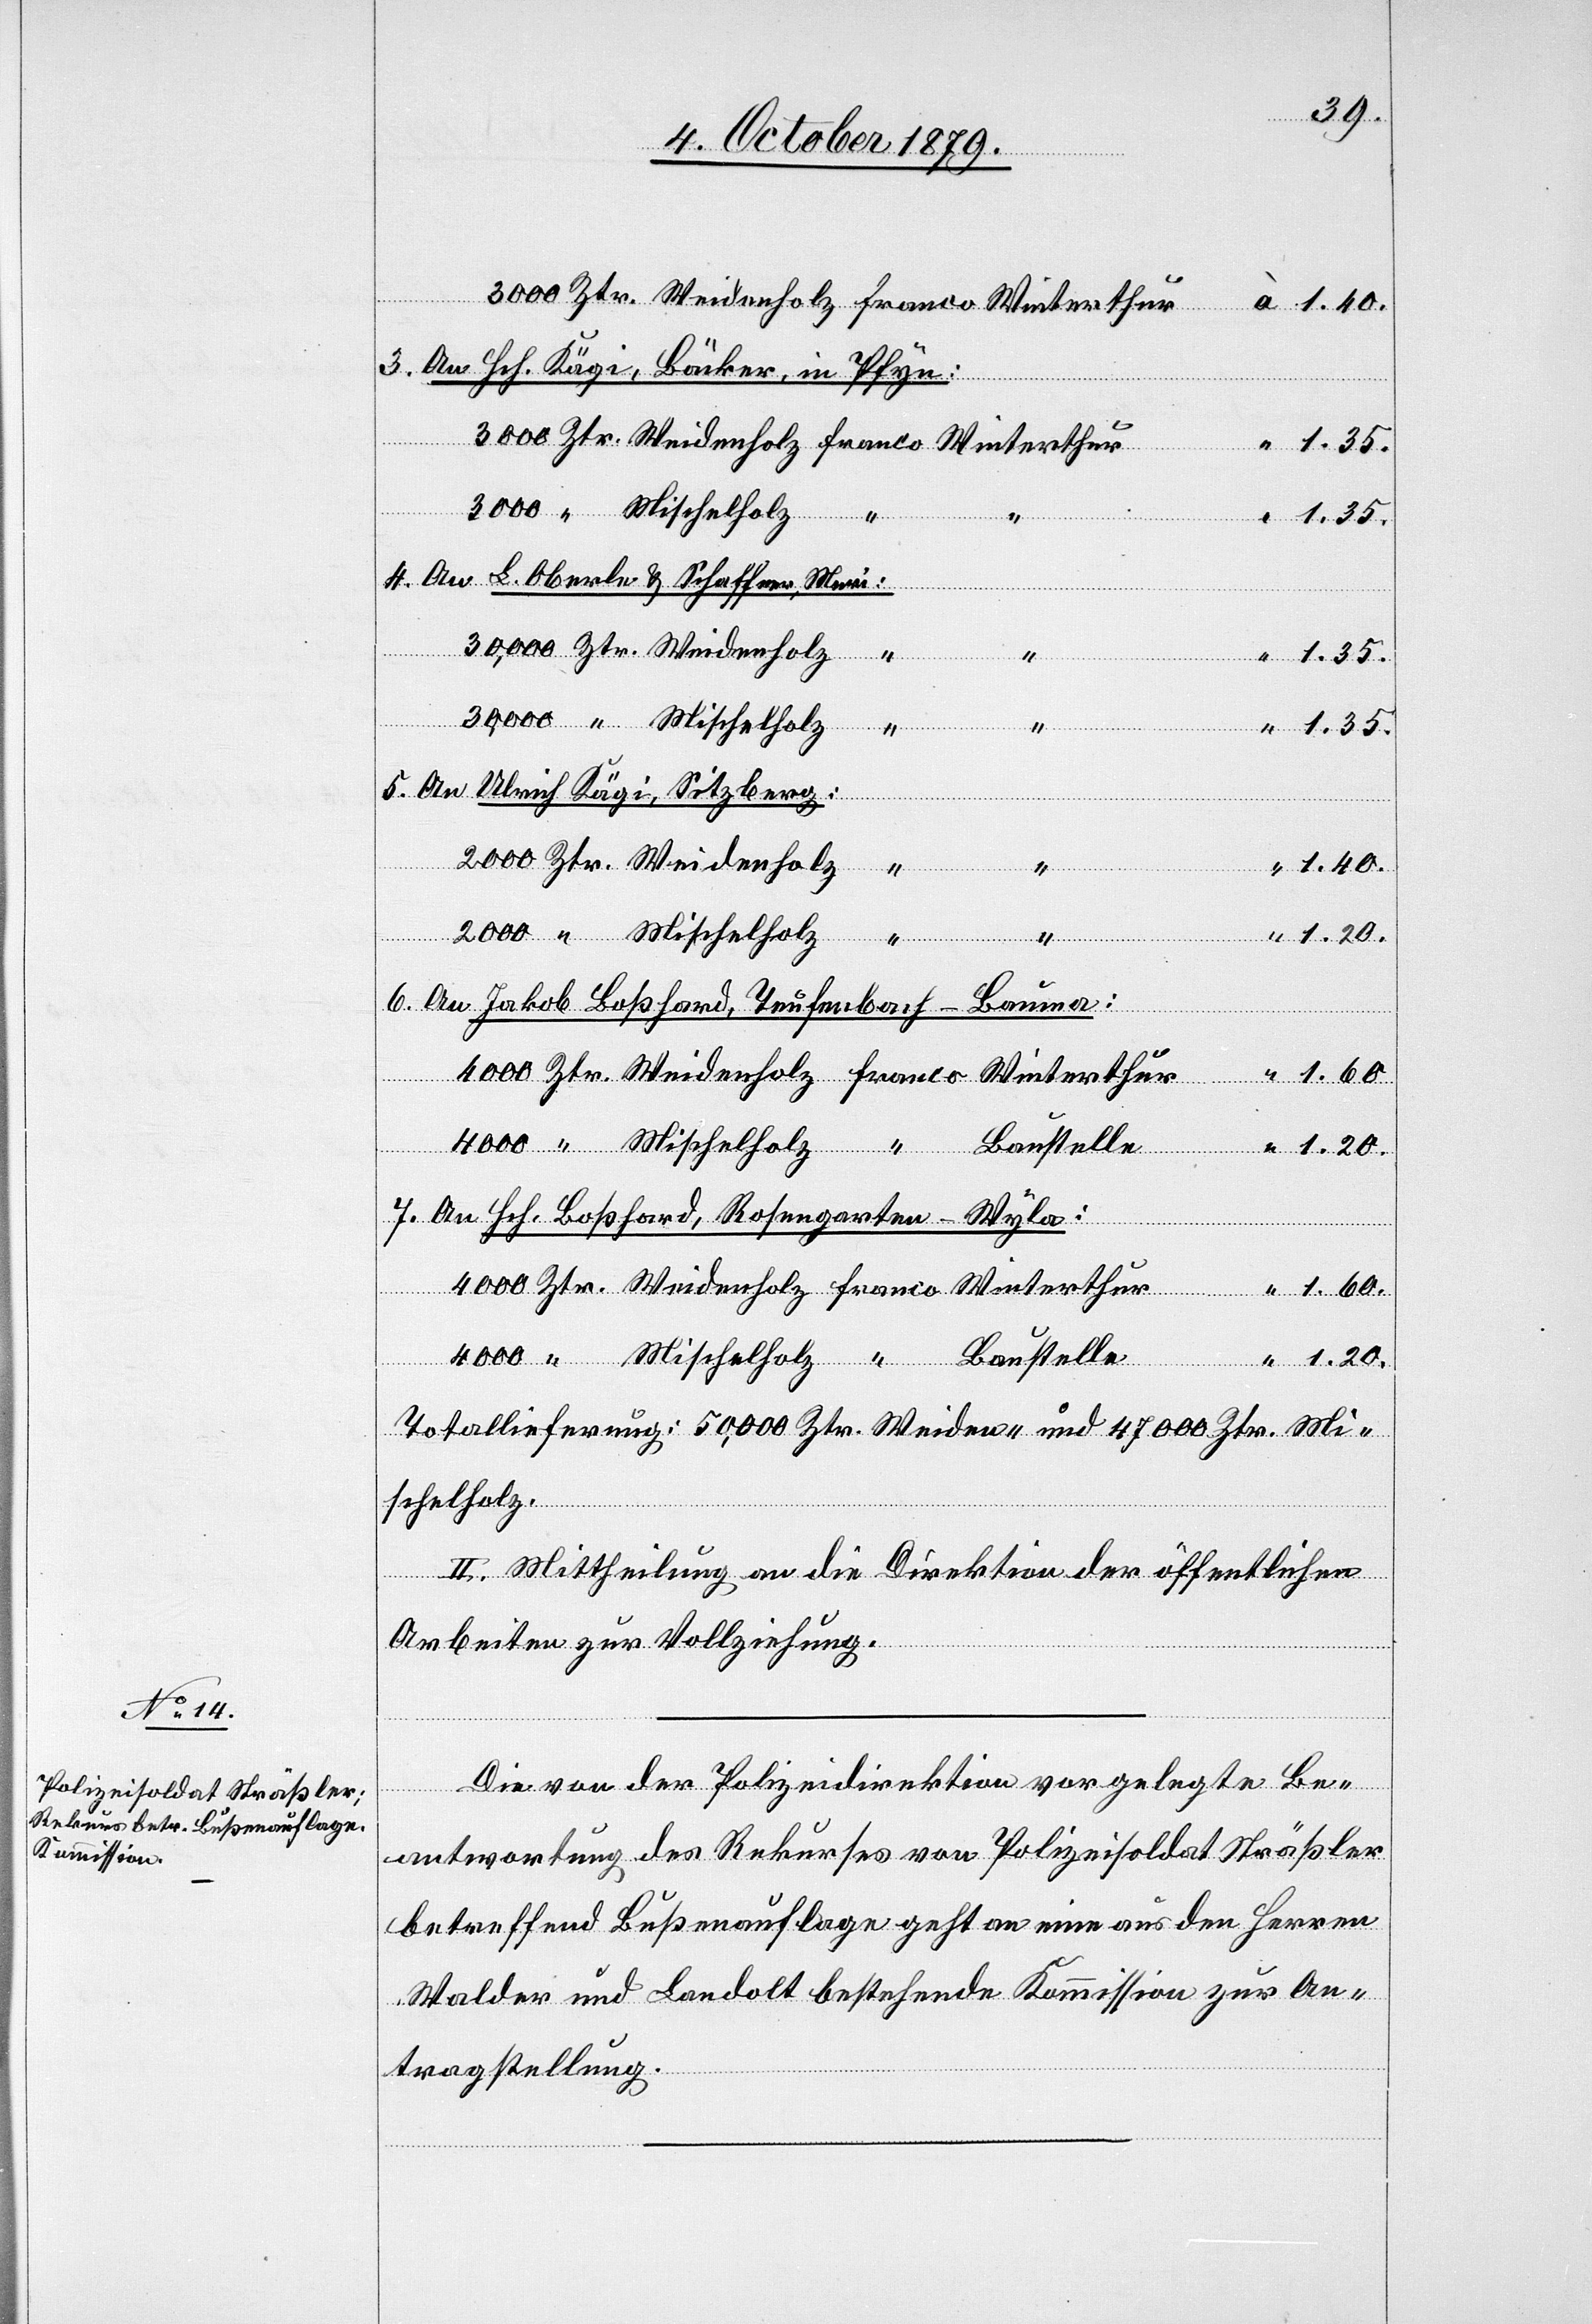
3. An Hch. Kägi, Bäcker, in Pfyn:
Ztr.
“
“ 1.35.
4. An L. Oberle & Schaffner, Muri:
Baustelle
“ 1.35.
“
5. An Ulrich Kägi, Sitzberg:
Franco
“ 1.20.
6. An Jakob Boßhard, Trufenbach-B¬
Mi¬
7. An Sch. Boßhard, Rosengarten-Wyla:
1.60.
Totallieferung: 50,000 Ztr. Weiden- und 47 000 Ztr. Mi¬
schelholz.
“
II. Mittheilung an die Direktion der öffentlichen
Arbeiten zur Vollziehung.
Die von der Polizeidirektion vorgelegte Be¬
antwortung des Rekurses von Polizeisoldat Sträßler
betreffend Bußenauflage geht an eine aus den Herren
Stalder und Landolt bestehende Kommission zur An¬
tragstellung.